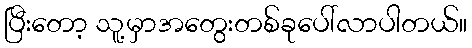
ပြီးတော့ သူ့မှာအတွေးတစ်ခုပေါ်လာပါတယ်။